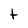
Character: t